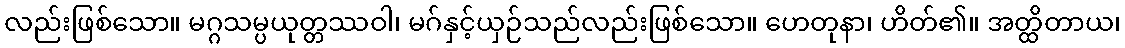
လည်းဖြစ်သော။ မဂ္ဂသမ္ပယုတ္တဿဝါ၊ မဂ်နှင့်ယှဉ်သည်လည်းဖြစ်သော။ ဟေတုနာ၊ ဟိတ်၏။ အတ္ထိတာယ၊